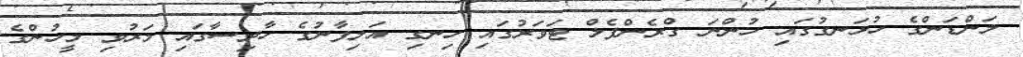
ލަންޑަންގެ ހުޅަނގުގައި ހުންނަ ގްރެންފެލް ޓަވަރުގައި ހިނގި އަލިފާނުގެ ހާދިސާގައި މަރުވި މީހުންގެ